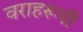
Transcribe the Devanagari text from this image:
वराहरूपी